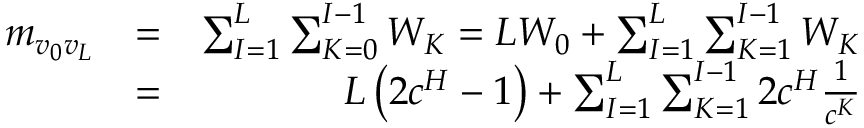
\begin{array} { r l r } { m _ { v _ { 0 } v _ { L } } } & { = } & { \sum _ { I = 1 } ^ { L } \sum _ { K = 0 } ^ { I - 1 } W _ { K } = L W _ { 0 } + \sum _ { I = 1 } ^ { L } \sum _ { K = 1 } ^ { I - 1 } W _ { K } } \\ & { = } & { L \left( 2 c ^ { H } - 1 \right) + \sum _ { I = 1 } ^ { L } \sum _ { K = 1 } ^ { I - 1 } 2 c ^ { H } \frac { 1 } { c ^ { K } } } \end{array}